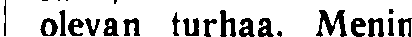
olevan turhaa. Menin